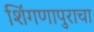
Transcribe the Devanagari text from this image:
शिंगणापुराचा